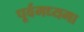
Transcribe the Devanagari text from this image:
पूर्वमध्यमा